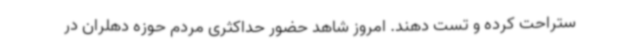
ستراحت کرده و تست دهند. امروز شاهد حضور حداکثری مردم حوزه دهلران در